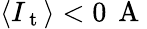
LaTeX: \langle I_{\mathrm{~t~}}\rangle<0\, \mathrm{~A~}